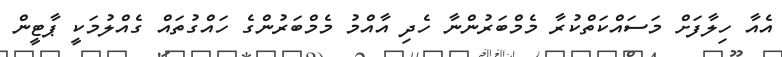
އެއާ ހިލާފަށް މަސައްކަތްކުރާ މެމްބަރުންނާ ހެދި އާއްމު މެމްބަރުންގެ ހައްގުތައް ގެއްލުމަކީ ޕާޓީން